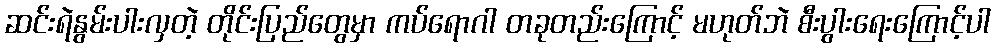
ဆင်းရဲနွမ်းပါးလှတဲ့ တိုင်းပြည်တွေမှာ ကပ်ရောဂါ တခုတည်းကြောင့် မဟုတ်ဘဲ စီးပွါးရေးကြောင့်ပါ